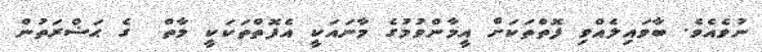
ނުވެއެވެ. ބާވައިލެއްވި ފޮތްތަކަށް އީމާންވުމުގެ މާނައަކީ އެފޮތްތަކަކީ މާތް  ގެ ޙަޟްރަތުން